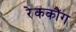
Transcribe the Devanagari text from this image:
रेककौंग